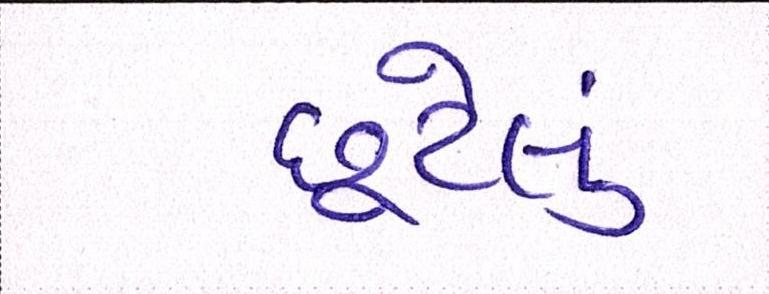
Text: છૂટેલું